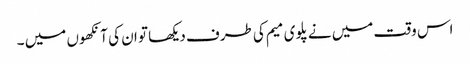
اس وقت میں نے پلوی میم کی طرف دیکھا تو ان کی آنکھوں میں ۔